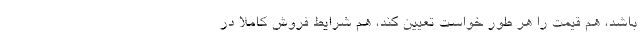
باشد، هم قیمت را هر طور خواست تعیین کند، هم شرایط فروش کاملاً در